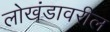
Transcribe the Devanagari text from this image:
लोखंडावरील